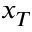
x _ { T }